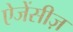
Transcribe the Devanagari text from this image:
ऐजेंसीज़